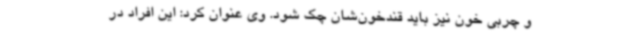
و چربی خون نیز باید قندخون‌شان چک شود. وی عنوان کرد: این افراد در